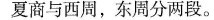
夏商与西周，东周分两段。